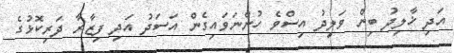
އަދި ޚާލިދު ބިން ވަލީދު އިސްވެ ހުންނަވައިގެން އަސަދު އަދި ފިޒާރާ ދަރިކޮޅުގެ